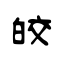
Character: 皎